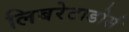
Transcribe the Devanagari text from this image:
लिबरेटाडोर्स